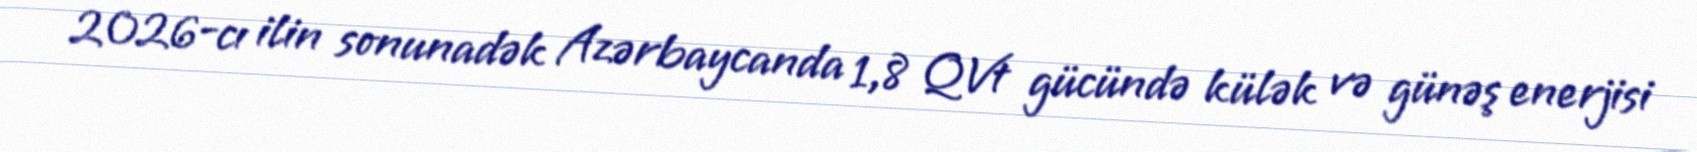
2026-cı ilin sonunadək Azərbaycanda 1,8 QVt gücündə külək və günəş enerjisi